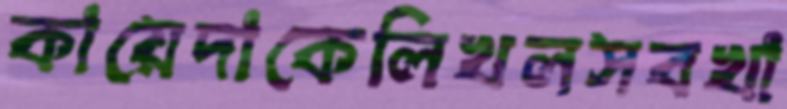
কায়েদাকেলিখলসবখা